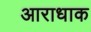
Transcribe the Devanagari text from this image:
आराधाक